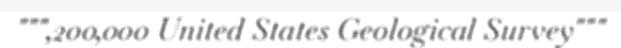
""",200,000 United States Geological Survey"""